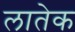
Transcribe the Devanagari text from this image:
लातेक